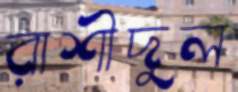
রাশীদুল